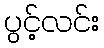
ပွင့်လင်း